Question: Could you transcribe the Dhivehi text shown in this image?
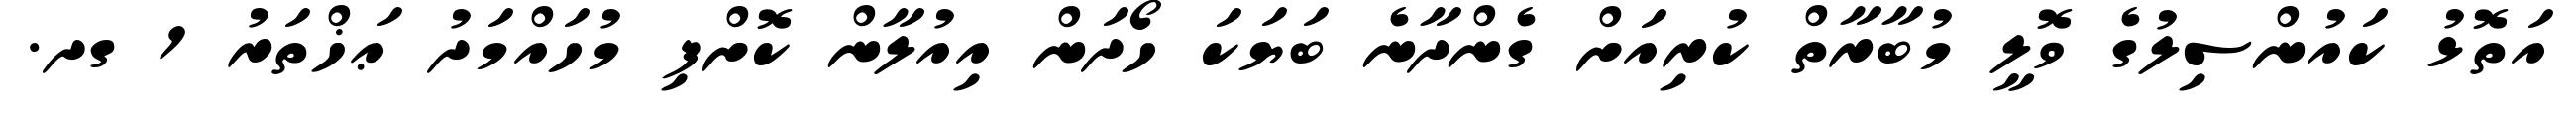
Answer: އަތޮޅު ކައުންސިލުގެ ވޮލީ މުބާރާތް ކުރިއަށް ގެންދާނެ ބަޔަކަ ހޯދަން އިއުލާން ކޮށްފި މުހައްމަދު ޢަޚްތަރު 1 ގދ.